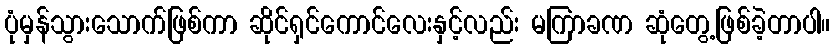
ပုံမှန်သွားသောက်ဖြစ်ကာ ဆိုင်ရှင်ကောင်လေးနှင့်လည်း မကြာခဏ ဆုံတွေ့ဖြစ်ခဲ့တာပါ။